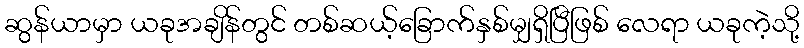
ဆွန်ယာမှာ ယခုအချိန်တွင် တစ်ဆယ့်ခြောက်နှစ်မျှရှိပြီဖြစ် လေရာ ယခုကဲ့သို့